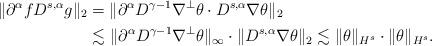
LaTeX: \begin{align*} \| \partial^{\alpha} f D^{s,\alpha} g \|_2 & = \| \partial^{\alpha} D^{\gamma-1} \nabla^{\perp} \theta \cdot D^{s,\alpha} \nabla \theta\|_2 \\ & \lesssim \| \partial^{\alpha} D^{\gamma-1} \nabla^{\perp} \theta \|_{\infty} \cdot \| D^{s,\alpha} \nabla \theta\|_2 \lesssim \| \theta \|_{H^s} \cdot \| \theta \|_{H^s}. \end{align*}